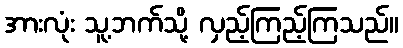
အားလုံး သူ့ဘက်သို့ လှည့်ကြည့်ကြသည်။